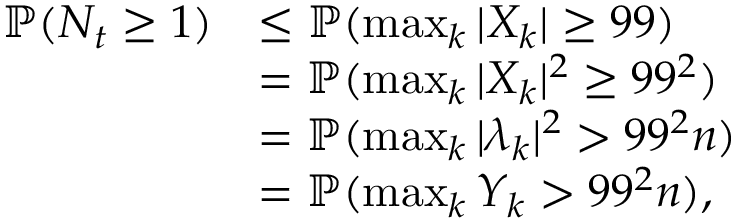
\begin{array} { r l } { { \mathbb { P } } ( N _ { t } \geq 1 ) } & { \leq { \mathbb { P } } ( \operatorname* { m a x } _ { k } | X _ { k } | \geq 9 9 ) } \\ & { = { \mathbb { P } } ( \operatorname* { m a x } _ { k } | X _ { k } | ^ { 2 } \geq 9 9 ^ { 2 } ) } \\ & { = { \mathbb { P } } ( \operatorname* { m a x } _ { k } | \lambda _ { k } | ^ { 2 } > 9 9 ^ { 2 } n ) } \\ & { = { \mathbb { P } } ( \operatorname* { m a x } _ { k } Y _ { k } > 9 9 ^ { 2 } n ) , } \end{array}